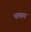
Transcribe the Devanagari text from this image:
भातात